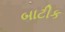
બાટીક